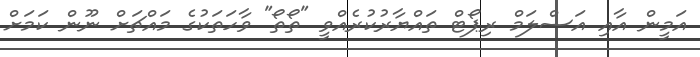
އަމީން އާއި އަސްލަމް ރިޕޯޓް ތައްޔާރުކުރެއްވީ "ތޯތޯ" ވާހަތަކުގެ މައްޗަށް ނޫން ކަމަށް